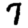
Digit: 7